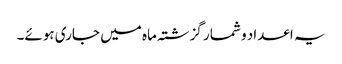
یہ اعداد و شمار گزشتہ ماہ میں جاری ہوئے۔